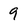
Character: 9